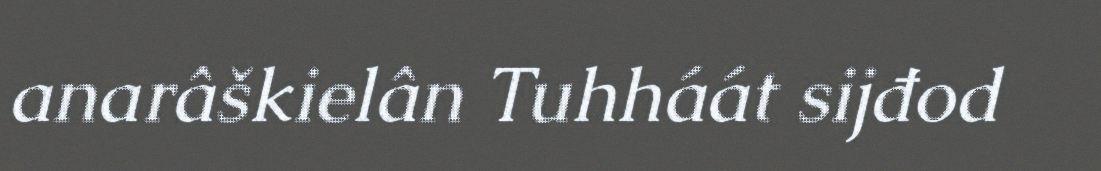
anarâškielân Tuhháát sijđod